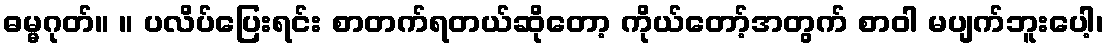
ဓမ္မဂုတ်။ ။ ပလိပ်ပြေးရင်း စာတက်ရတယ်ဆိုတော့ ကိုယ်တော့်အတွက် စာဝါ မပျက်ဘူးပေါ့၊